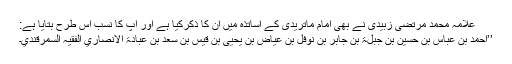
علامہ محمد مرتضیٰ زبیدیؒ نے بھی امام ماتریدیؒ کے اساتذہ میں ان کا ذکرکیا ہے اور آپ کا نسب اس طرح بتایا ہے:
’’أحمد بن عباس بن حسین بن جبلۃ بن جابر بن نوفل بن عیاض بن یحیٰی بن قیس بن سعد بن عبادۃ الأنصاري الفقیہ السمرقندي۔